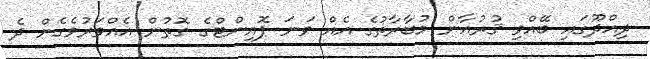
ދިއްދޫގައި ބޭއްވި ޤުރުއާން މުބާރާތުގެ އެއް ވަނަ ޕޮއިންޓްގެ ގޮތުން އެއްވަރުވެގެން ދެ